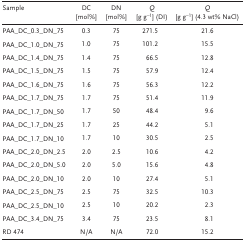
| Sample | DC [mol%] | DN [mol%] | Q [g g−1] (DI) | Q [g g−1] (4.3 wt% NaCl) |
 | --- | --- | --- | --- | --- |
 | PAA_DC_0.3_DN_75 | 0.3 | 75 | 271.5 | 21.6 |
 | PAA_DC_1.0_DN_75 | 1.0 | 75 | 101.2 | 15.5 |
 | PAA_DC_1.4_DN_75 | 1.4 | 75 | 66.5 | 12.8 |
 | PAA_DC_1.5_DN_75 | 1.5 | 75 | 57.9 | 12.4 |
 | PAA_DC_1.6_DN_75 | 1.6 | 75 | 56.3 | 12.2 |
 | PAA_DC_1.7_DN_75 | 1.7 | 75 | 51.4 | 11.9 |
 | PAA_DC_1.7_DN_50 | 1.7 | 50 | 48.4 | 9.6 |
 | PAA_DC_1.7_DN_25 | 1.7 | 25 | 44.2 | 5.1 |
 | PAA_DC_1.7_DN_10 | 1.7 | 10 | 30.5 | 2.5 |
 | PAA_DC_2.0_DN_2.5 | 2.0 | 2.5 | 10.6 | 4.2 |
 | PAA_DC_2.0_DN_5.0 | 2.0 | 5.0 | 15.6 | 4.8 |
 | PAA_DC_2.0_DN_10 | 2.0 | 10 | 27.4 | 5.1 |
 | PAA_DC_2.5_DN_75 | 2.5 | 75 | 32.5 | 10.3 |
 | PAA_DC_2.5_DN_10 | 2.5 | 10 | 20.2 | 2.3 |
 | PAA_DC_3.4_DN_75 | 3.4 | 75 | 23.5 | 8.1 |
 | RD 474 | N/A | N/A | 72.0 | 15.2 |